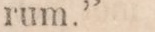
rum.”